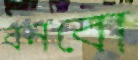
বনবো